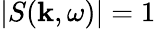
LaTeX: |S({\mathbf k},\omega)|=1